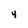
Character: 4